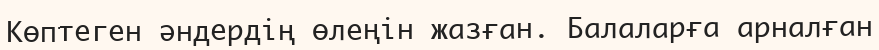
Көптеген әндердің өлеңін жазған. Балаларға арналған